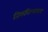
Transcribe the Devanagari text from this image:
तिरुविल्वलम